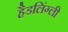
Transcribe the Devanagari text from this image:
हैडलिंग्ली